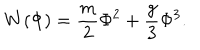
LaTeX: W ( \Phi ) = \frac { m } { 2 } \Phi ^ { 2 } + \frac { g } { 3 } \Phi ^ { 3 } .